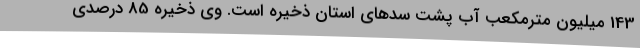
143 میلیون مترمکعب آب پشت سدهای استان ذخیره است. وی ذخیره 85 درصدی